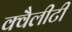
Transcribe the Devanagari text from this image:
क्वैलीटी